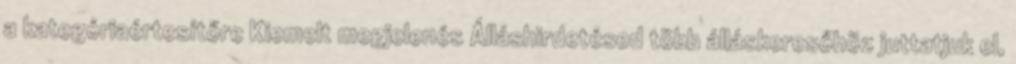
a kategóriaértesítőre Kiemelt megjelenés Álláshirdetésed több álláskeresőhöz juttatjuk el,